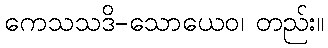
ကေသသဒိ-သောယေဝ၊ တည်း။